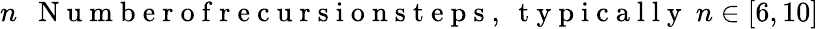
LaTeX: n~~\mathrm{~N~u~m~b~e~r~o~f~r~e~c~u~r~s~i~o~n~s~t~e~p~s~},~\mathrm{~t~y~p~i~c~a~l~l~y~}~n\in[6,10]